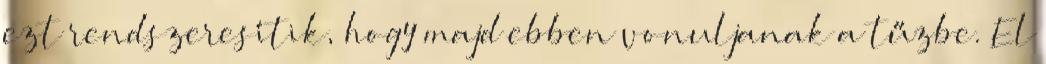
ezt rendszeresítik, hogy majd ebben vonuljanak a tűzbe. El